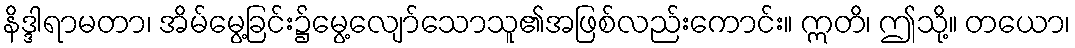
နိဒ္ဒါရာမတာ၊ အိမ်မွေ့ခြင်း၌မွေ့လျော်သောသူ၏အဖြစ်လည်းကောင်း။ ဣတိ၊ ဤသို့။ တယော၊